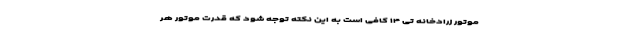
موتور زرادخانه تی ۱۴ کافی است به این نکته توجه شود که قدرت موتور هر